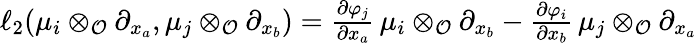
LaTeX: \begin{array}{r}{\ell_{2}(\mu_{i}\otimes_{\mathcal O}\partial_{x_{a}},\mu_{j}\otimes_{\mathcal O}\partial_{x_{b}})=\frac{\partial\varphi_{j}}{\partial x_{a}}\, \mu_{i}\otimes_{\mathcal O}\partial_{x_{b}}-\frac{\partial\varphi_{i}}{\partial x_{b}}\, \mu_{j}\otimes_{\mathcal O}\partial_{x_{a}}}\end{array}